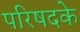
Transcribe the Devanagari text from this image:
परिषदके